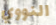
النووي